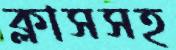
ক্লাসসহ